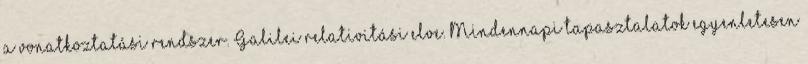
a vonatkoztatási rendszer. Galilei relativitási elve. Mindennapi tapasztalatok egyenletesen